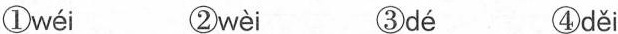
① wéi ② wèi ③ dé ④ děi